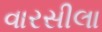
વારસીલા